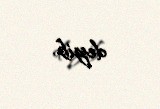
deyib.